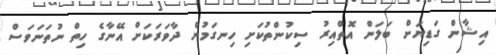
އިޝާން ގަޑިޔަށް ބަލަން އޮތްއިރު ސިކުންތުކަށި ހިނގަމުން ދާވަރަކަށް އޭނާގެ ހިތް ނުތަނަވަސް